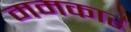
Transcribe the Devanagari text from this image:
ममकार